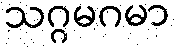
သဂ္ဂမဂမာ